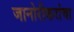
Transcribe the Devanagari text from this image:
जानोरीकरांचा